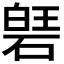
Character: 𮀱